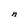
Character: n